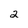
Character: 2